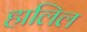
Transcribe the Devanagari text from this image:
हालिल